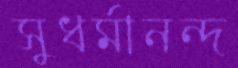
সুধর্মানন্দ